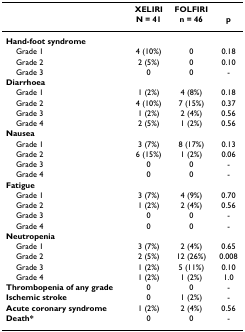
<table><thead><tr><td></td><td><b>XELIRI</b></td><td><b>FOLFIRI</b></td><td></td></tr><tr><td></td><td><b>N = 41</b></td><td><b>n = 46</b></td><td><b>p</b></td></tr></thead><tbody><tr><td><b>Hand-foot syndrome</b></td><td></td><td></td><td></td></tr><tr><td> Grade 1</td><td>4 (10%)</td><td>0</td><td>0.18</td></tr><tr><td> Grade 2</td><td>2 (5%)</td><td>0</td><td>0.10</td></tr><tr><td> Grade 3</td><td>0</td><td>0</td><td>-</td></tr><tr><td><b>Diarrhoea</b></td><td></td><td></td><td></td></tr><tr><td> Grade 1</td><td>1 (2%)</td><td>4 (8%)</td><td>0.18</td></tr><tr><td> Grade 2</td><td>4 (10%)</td><td>7 (15%)</td><td>0.37</td></tr><tr><td> Grade 3</td><td>1 (2%)</td><td>2 (4%)</td><td>0.56</td></tr><tr><td> Grade 4</td><td>2 (5%)</td><td>1 (2%)</td><td>0.56</td></tr><tr><td><b>Nausea</b></td><td></td><td></td><td></td></tr><tr><td> Grade 1</td><td>3 (7%)</td><td>8 (17%)</td><td>0.13</td></tr><tr><td> Grade 2</td><td>6 (15%)</td><td>1 (2%)</td><td>0.06</td></tr><tr><td> Grade 3</td><td>0</td><td>0</td><td>-</td></tr><tr><td> Grade 4</td><td>0</td><td>0</td><td>-</td></tr><tr><td><b>Fatigue</b></td><td></td><td></td><td></td></tr><tr><td> Grade 1</td><td>3 (7%)</td><td>4 (9%)</td><td>0.70</td></tr><tr><td> Grade 2</td><td>1 (2%)</td><td>2 (4%)</td><td>0.56</td></tr><tr><td> Grade 3</td><td>0</td><td>0</td><td>-</td></tr><tr><td> Grade 4</td><td>0</td><td>0</td><td>-</td></tr><tr><td><b>Neutropenia</b></td><td></td><td></td><td></td></tr><tr><td> Grade 1</td><td>3 (7%)</td><td>2 (4%)</td><td>0.65</td></tr><tr><td> Grade 2</td><td>2 (5%)</td><td>12 (26%)</td><td>0.008</td></tr><tr><td> Grade 3</td><td>1 (2%)</td><td>5 (11%)</td><td>0.10</td></tr><tr><td> Grade 4</td><td>1 (2%)</td><td>1 (2%)</td><td>1.0</td></tr><tr><td><b>Thrombopenia of any grade</b></td><td>0</td><td>0</td><td>-</td></tr><tr><td><b>Ischemic stroke</b></td><td>0</td><td>1 (2%)</td><td>-</td></tr><tr><td><b>Acute coronary syndrome</b></td><td>1 (2%)</td><td>2 (4%)</td><td>0.56</td></tr><tr><td><b>Death*</b></td><td>0</td><td>0</td><td>-</td></tr></tbody></table>